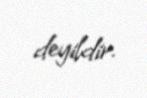
deyildir.